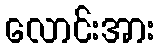
လောင်းအား